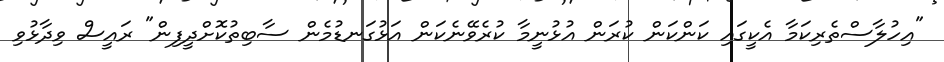
"އިހުލާސްތެރިކަމާ އެކީގައި ކަންކަން ކުރަން އުޅުނީމާ ކުރެވޭނެކަން އަޅުގަނޑުމެން ސާބިތުކޮށްދީފިން" ރައީސް ވިދާޅުވި